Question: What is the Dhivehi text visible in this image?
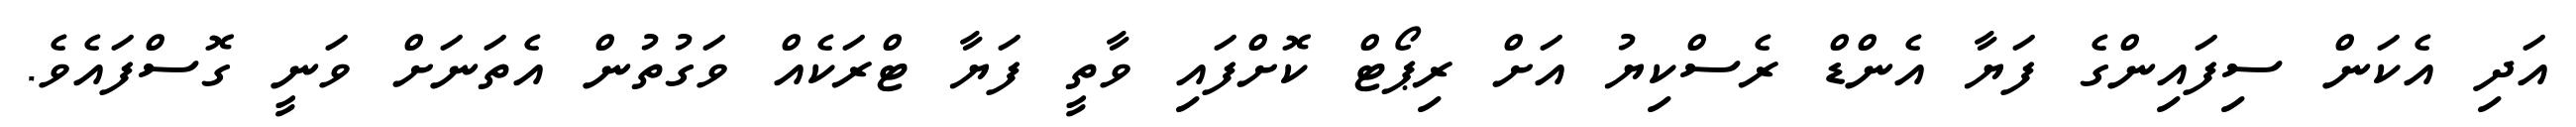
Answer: އަދި އެކަން ސިފައިންގެ ފަޔާ އެންޑް ރެސްކިޔު އަށް ރިޕޯޓް ކޮށްފައި ވާތީ ފަޔާ ޓްރަކެއް ވަގުތުން އެތަނަށް ވަނީ ގޮސްފައެވެ.